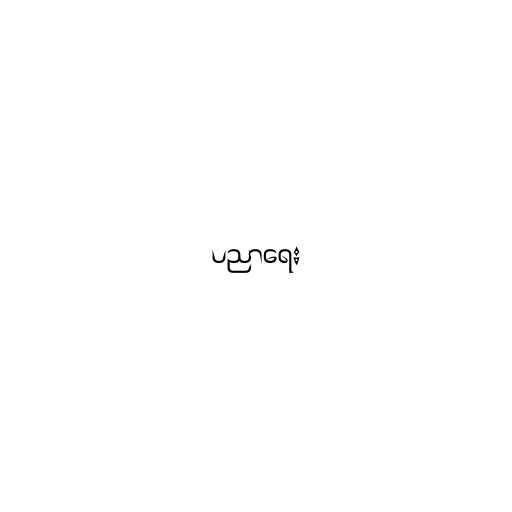
ပညာရေး